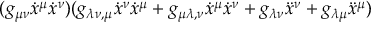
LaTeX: ( g _ { \mu \nu } { \dot { x } } ^ { \mu } { \dot { x } } ^ { \nu } ) ( g _ { \lambda \nu , \mu } { \dot { x } } ^ { \nu } { \dot { x } } ^ { \mu } + g _ { \mu \lambda , \nu } { \dot { x } } ^ { \mu } { \dot { x } } ^ { \nu } + g _ { \lambda \nu } { \ddot { x } } ^ { \nu } + g _ { \lambda \mu } { \ddot { x } } ^ { \mu } )